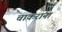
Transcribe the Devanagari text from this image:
चाकरांना